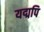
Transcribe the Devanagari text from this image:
यद्मपि